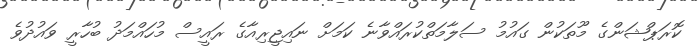
ކޮރަޕްޝަންގެ މޫތަކުން ގައުމު ސަލާމަތްކުރައްވާނެ ކަމަށް ނައިޖީރިއާގެ ރައީސް މުހައްމަދު ބުހާރީ ވައުދުވެ